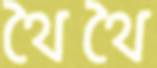
থৈথৈ